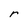
Character: r